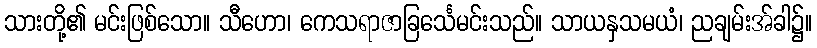
သားတို့၏ မင်းဖြစ်သော။ သီဟော၊ ကေသရာဇာခြင်္သေမင်းသည်။ သာယနှသမယံ၊ ညချမ်းအ်ခါ၌။